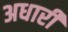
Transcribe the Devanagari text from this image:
अधारी